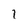
Character: l